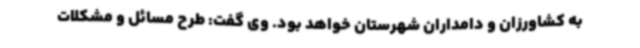
به کشاورزان و دامداران شهرستان خواهد بود. وی گفت: طرح مسائل و مشکلات